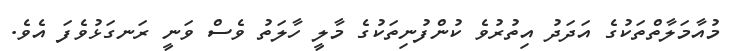
މުއާމަލާތްތަކުގެ އަދަދު އިތުރުވެ ކުންފުނިތަކުގެ މާލީ ހާލަތު ވެސް ވަނީ ރަނގަޅުވެފަ އެވެ.